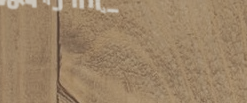
أحدث موديلات الساعات الذك